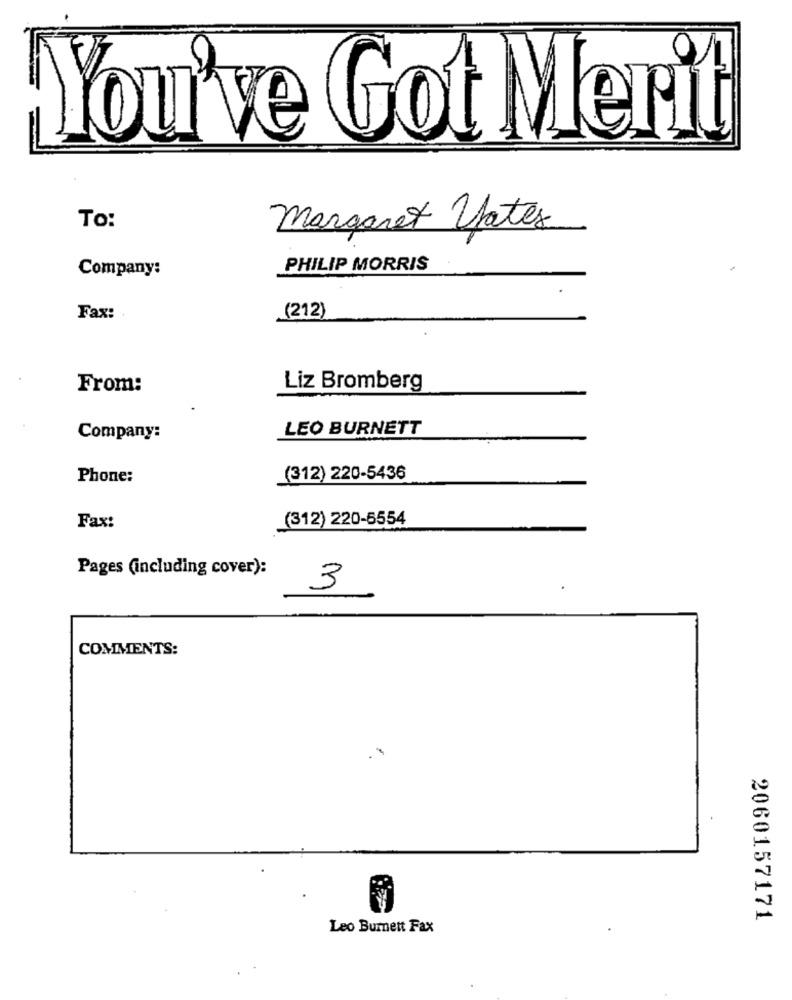
You've Got Merit
To:
Margaret yates
Company:
PHILIP MORRIS
Fax:
(212)
From:
Liz Bromberg
LEO BURNETT
Company:
Phone:
(312) 220-5436
Fax:
(312) 220-5554
Pages (including cover):
3
COMMENTS:
2060157171
Leo Burnett Fax